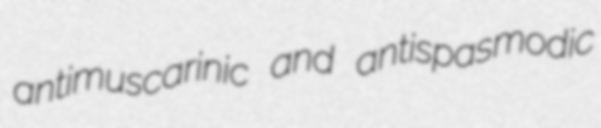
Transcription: antimuscarinic and antispasmodic